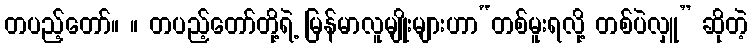
တပည့်တော်။ ။ တပည့်တော်တို့ရဲ့ မြန်မာလူမျိုးများဟာ“တစ်မူးရလို့ တစ်ပဲလှူ” ဆိုတဲ့